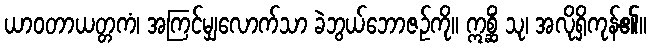
ယာဝတာယတ္တကံ၊ အကြင်မျှလောက်သာ ခဲဘွယ်ဘောဇဉ်ကို။ ဣစ္ဆိံ သု၊ အလိုရှိကုန်၏။